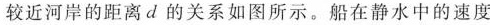
较近河岸的距离d的关系如图所示。船在静水中的速度